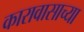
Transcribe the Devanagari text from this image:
कारावासाच्या